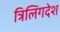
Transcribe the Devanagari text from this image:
त्रिलिंगदेश